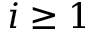
i \geq 1